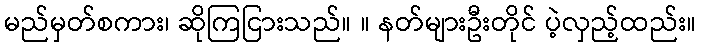
မည်မှတ်စကား၊ ဆိုကြငြားသည်။ ။ နတ်များဦးတိုင် ပဲ့လှည့်ထည်း။